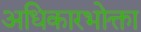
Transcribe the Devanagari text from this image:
अधिकारभोक्ता